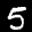
Label: 5